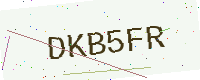
Text: DKB5FR